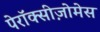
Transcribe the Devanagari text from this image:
पेरॉक्सीज़ोमेस